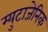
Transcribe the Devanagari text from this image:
म्युटाजेनिक